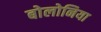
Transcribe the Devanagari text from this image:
बोलोनिया